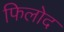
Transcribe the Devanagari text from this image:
फिलोद